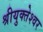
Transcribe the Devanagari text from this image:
श्रीयुक्तेश्वर